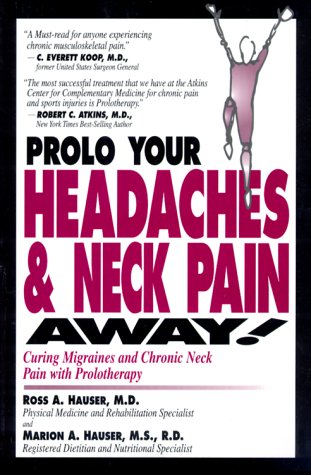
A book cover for Prolo Your Headaches and Neck Pain Away! Curing Migraines and Chronic Neck Pain with Prolotherapy; Ross A. Hauser; Health, Fitness & Dieting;